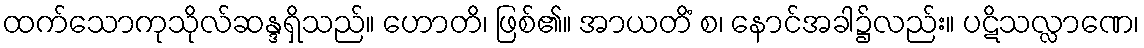
ထက်သောကုသိုလ်ဆန္ဒရှိသည်။ ဟောတိ၊ ဖြစ်၏။ အာယတိံ စ၊ နောင်အခါ၌လည်း။ ပဋိသလ္လာဏေ၊